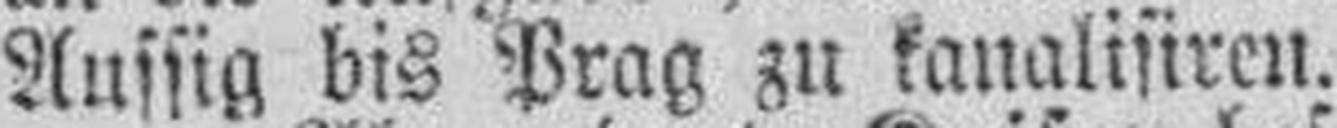
Aussig bis Prag zu kanalisiren.